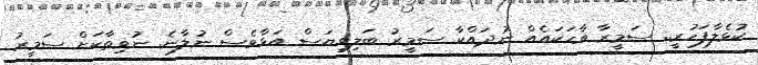
ކުޅެލާފަހުރީ.. ސަމީރާ ވާހަކައެއް ނުދައްކާ ސަމީރު ބަލިވިޔަސް އަޅާވެސް ނުލާނެ. ނުވިތާކަށް ސަމީރު